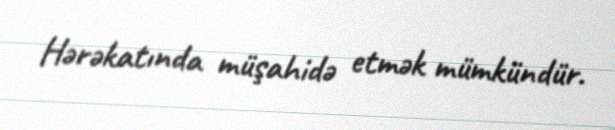
Hərəkatında müşahidə etmək mümkündür.